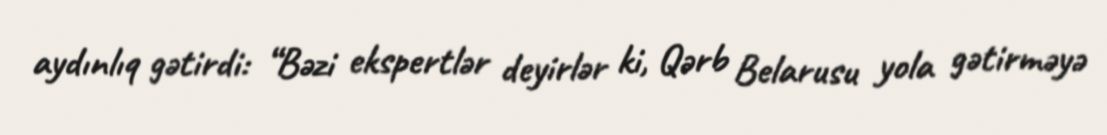
aydınlıq gətirdi: “Bəzi ekspertlər deyirlər ki, Qərb Belarusu yola gətirməyə